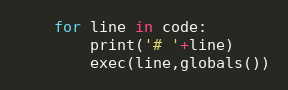
Language: Python
	for line in code:
		print('# '+line)
		exec(line,globals())